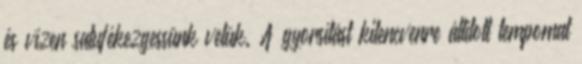
és vízen satufékezgessünk velük. A gyorsítást kilencvenre állított tempomat